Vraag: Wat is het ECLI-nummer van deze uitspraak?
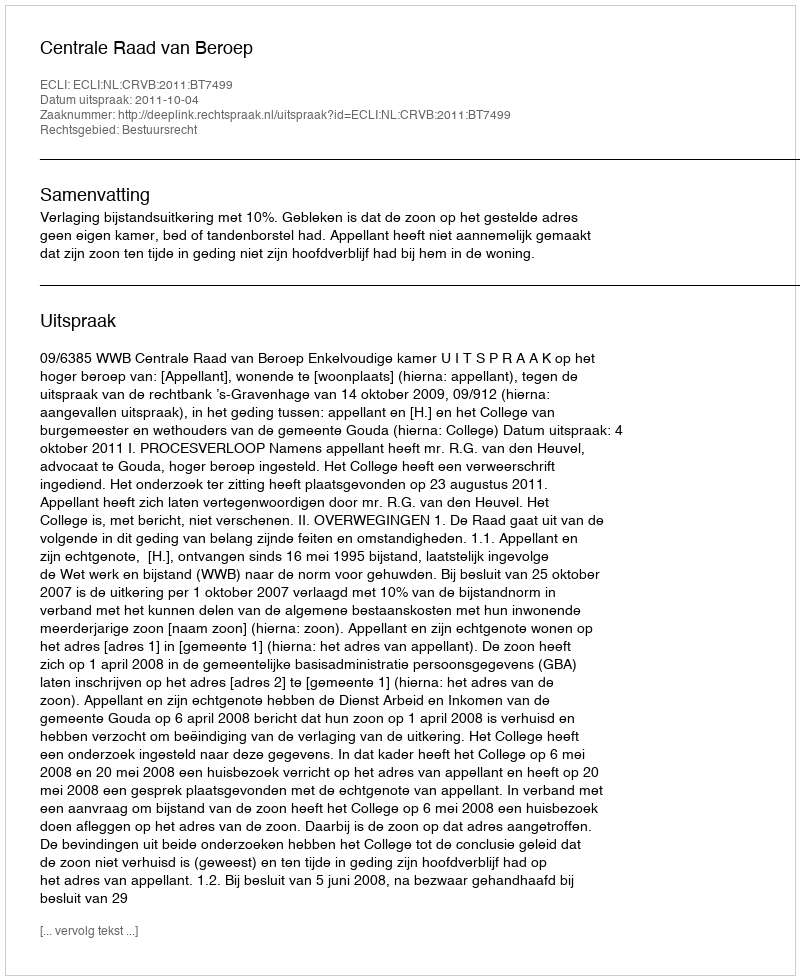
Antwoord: ECLI:NL:CRVB:2011:BT7499